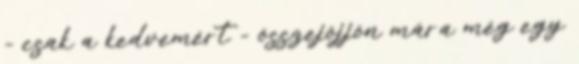
- csak a kedvemért - összejöjjön mára még egy